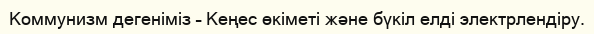
Коммунизм дегеніміз – Кеңес өкіметі және бүкіл елді электрлендіру.